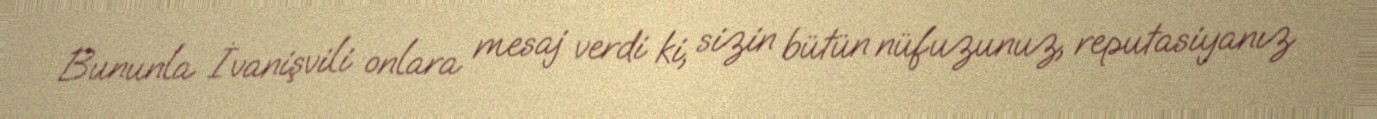
Bununla İvanişvili onlara mesaj verdi ki, sizin bütün nüfuzunuz, reputasiyanız